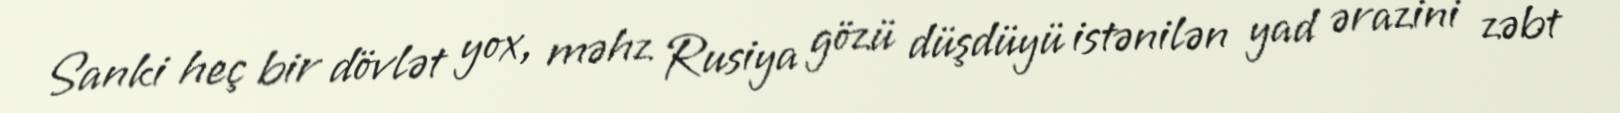
Sanki heç bir dövlət yox, məhz Rusiya gözü düşdüyü istənilən yad ərazini zəbt